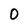
Character: 0